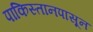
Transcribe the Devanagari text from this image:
पाकिस्तानपासून